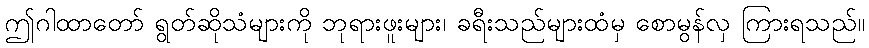
ဤဂါထာတော် ရွတ်ဆိုသံများကို ဘုရားဖူးများ၊ ခရီးသည်များထံမှ စောမွန်လှ ကြားရသည်။